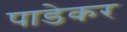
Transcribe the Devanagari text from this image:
पाडेकर